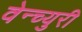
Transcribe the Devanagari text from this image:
वेन्च्युरी